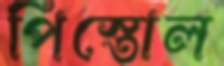
পিস্তোল